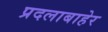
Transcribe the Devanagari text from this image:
प्रदलाबाहेर